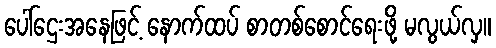
ပေါ်ဌေးအနေဖြင့် နောက်ထပ် စာတစ်စောင်ရေးဖို့ မလွယ်လှ။